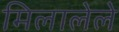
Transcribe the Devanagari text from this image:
मिलालेले